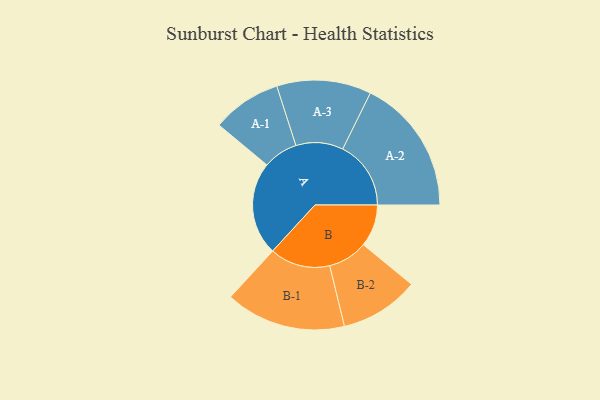
{"axis": {"x": "Segment", "y": "Value"}, "legend": ["", "A", "B"], "data": [{"x": "A", "y": 387, "type": ""}, {"x": "B", "y": 175, "type": ""}, {"x": "A-1", "y": 144, "type": "A"}, {"x": "A-2", "y": 283, "type": "A"}, {"x": "A-3", "y": 196, "type": "A"}, {"x": "B-1", "y": 250, "type": "B"}, {"x": "B-2", "y": 164, "type": "B"}]}